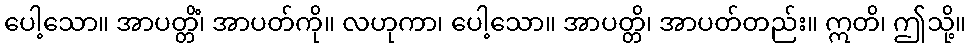
ပေါ့သော။ အာပတ္တိံ၊ အာပတ်ကို။ လဟုကာ၊ ပေါ့သော။ အာပတ္တိ၊ အာပတ်တည်း။ ဣတိ၊ ဤသို့။